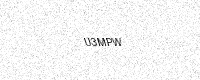
Text: U3MPW